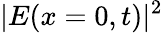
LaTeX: |E(x=0,t)|^{2}